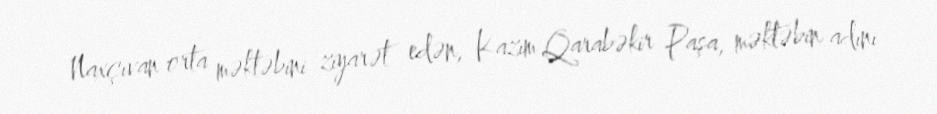
Naxçıvan orta məktəbini ziyarət edən, Kazım Qarabəkir Paşa, məktəbin adını